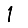
Digit: 1